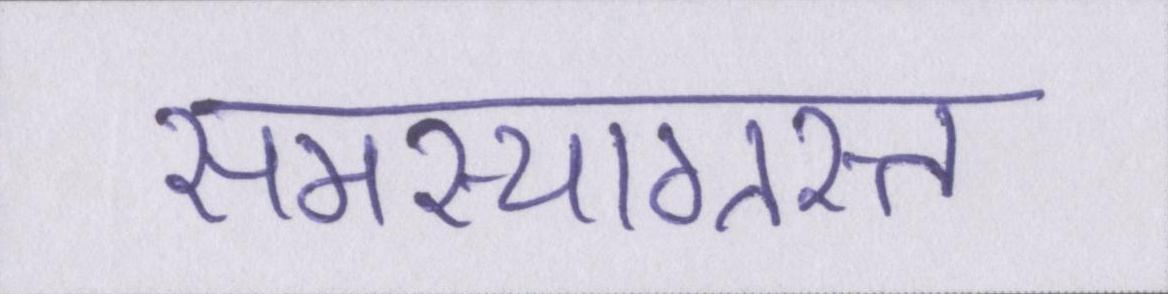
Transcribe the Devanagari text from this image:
समस्याग्रस्त